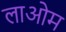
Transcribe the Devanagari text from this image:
लाओम